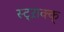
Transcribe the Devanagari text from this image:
स्ट्ऱाक्क्